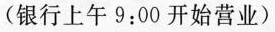
(银行上午9:00开始营业)